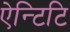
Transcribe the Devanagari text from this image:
ऐन्टिटि